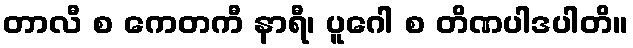
တာလီ စ ကေတကီ နာရီ၊ ပူဂေါ စ တိဏပါဒပါတိ။